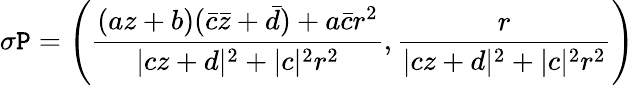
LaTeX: \sigma\mathtt{P}=\left(\frac{{(az+b)(\bar{{c}}\bar{{z}}+\bar{{d}})+a\bar{{c}}r^{2}}}{{|cz+d|^{2}+|c|^{2}r^{2}}},\frac{{r}}{{|cz+d|^{2}+|c|^{2}r^{2}}}\right)